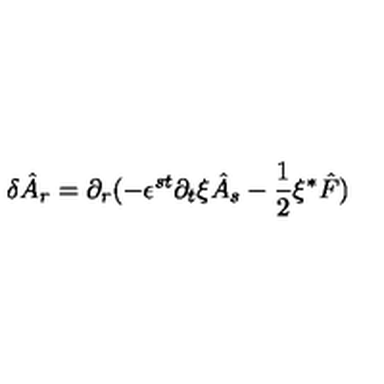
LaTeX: \delta \hat { A } _ { r } = \partial _ { r } ( - \epsilon ^ { s t } \partial _ { t } \xi \hat { A } _ { s } - \frac { 1 } { 2 } \xi { ^ \ast } \hat { F } )